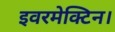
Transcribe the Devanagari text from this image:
इवरमेक्टिन।